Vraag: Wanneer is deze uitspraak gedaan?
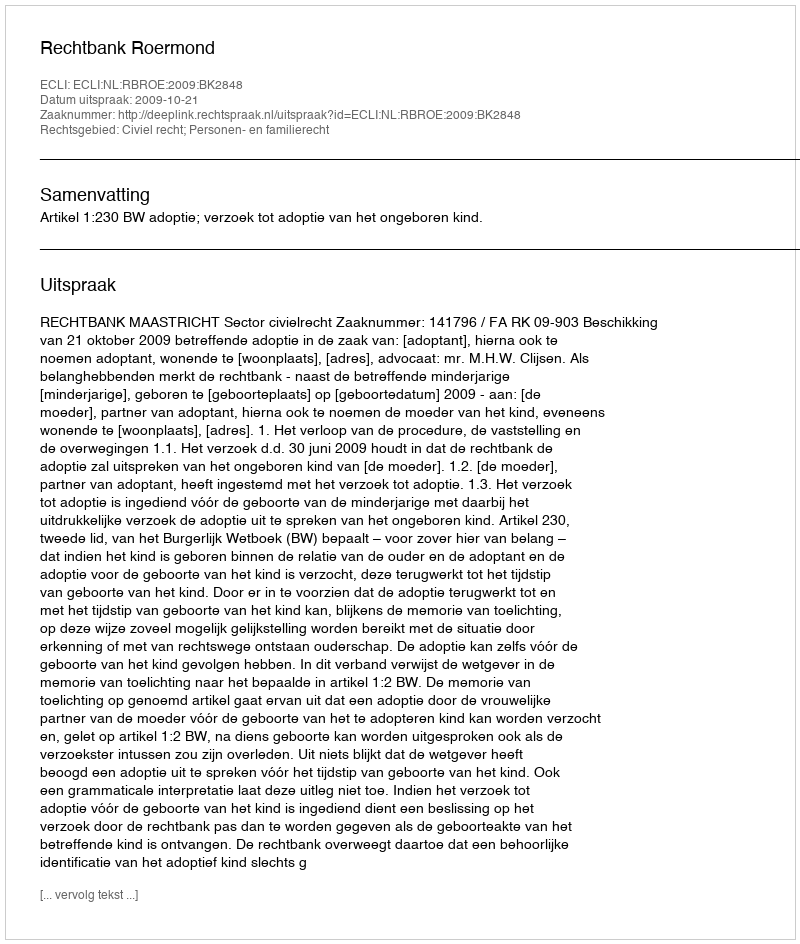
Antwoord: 2009-10-21